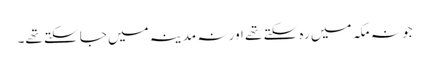
جو نہ مکہ میں رہ سکتے تھے اور نہ مدینہ میں جا سکتے تھے۔